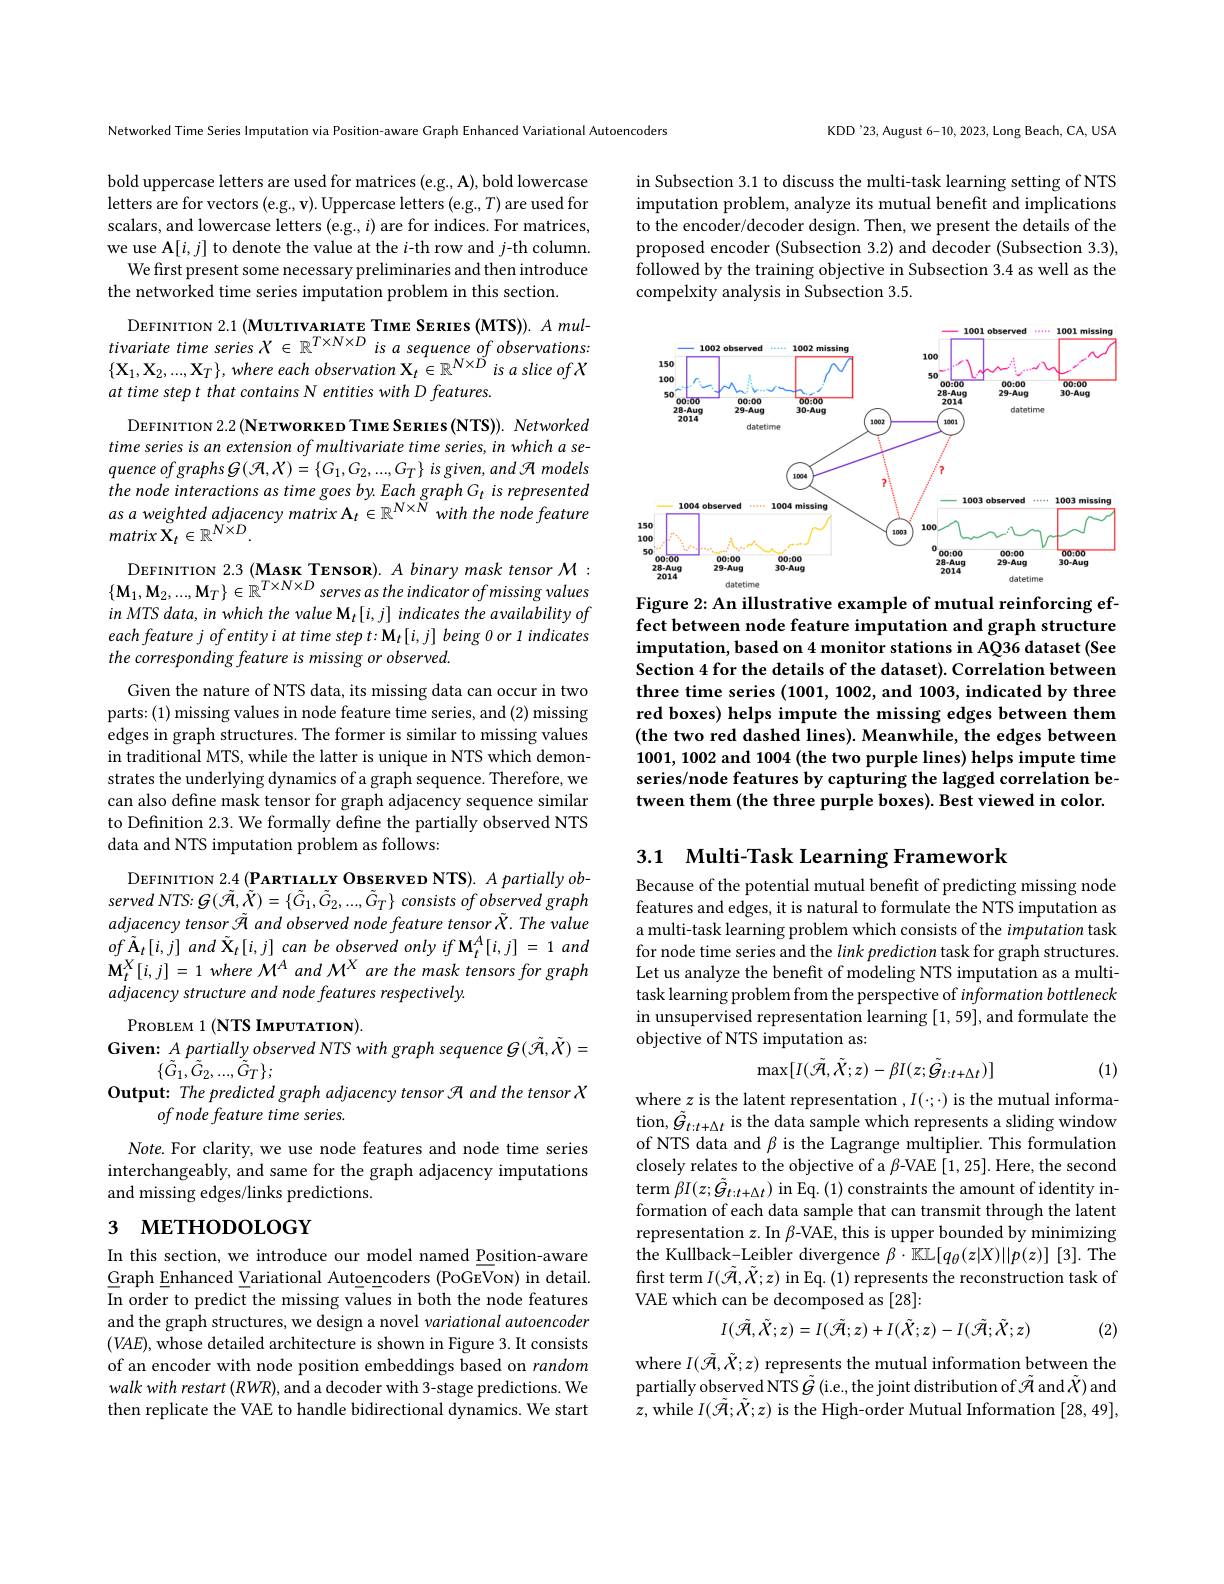
Networked Time Series Imputation via Position-aware Graph Enhanced Variational Autoencoders

bold uppercase letters are used for matrices (e.g., A), bold lowercase letters are for vectors (e.g., v). Uppercase letters (e.g., T) are used for scalars, and lowercase letters (e.g., $i)$ are for indices. For matrices, we use A$[i,j]$ to denote the value at the $i$-th row and $j$-th column.
We first present some necessary preliminaries and then introduce
the networked time series imputation problem in this section.

DEFINITION $2.1\left(\textbf{МULTIVARIATE TIME SERIES(MTS)).Amul-}\right)$ tivariate time series $X\in\mathbb{R}^{T\times N\times D}$ is a sequence of observations: $\{\mathbf{X}_1,\mathbf{X}_2,...,\mathbf{X}_T\}$, where each observation $\mathbf{X}_t\in\mathbb{R}^{N\times\vec{D}}$ is a slice of X at time step t that contains N entities with D features.

DEFINITION $2.2\left(\mathbf{N}\mathbf{E}\mathbf{T}\mathbf{W}\mathbf{O}\mathbf{R}\mathbf{K}\mathbf{E}\mathbf{D}\mathbf{T}\mathbf{M}\mathbf{E}\mathbf{S}\mathbf{E}\mathbf{R}\mathbf{I}\mathbf{E}\mathbf{S}\mathbf{(}\mathbf{N}\mathbf{T}\mathbf{S}\mathbf{)}\right).$ Networked time series is an extension of multivariate time series, in which a se- $quence\textit{ of graphs }G( \mathcal{H} , X) = \{ G_1, G_2, . . . , G_T\}$ is given, and $\mathcal{H}$ models the node interactions as time goes by.Each graph G is represented as a weighted adjacency matrix A$_t\in\mathbb{R}^{N\times\tilde{N}}$ with the node feature $matrix\stackrel{\circ}{\mathbf{X}}_{t}\in\mathbb{R}^{N\tilde{\times}D}.$

DEFINITION 2.3 (MASK TENSOR). $A$ binary mask tensor $\mathcal{M}:$ $\{\mathbf{M}_1,\mathbf{M}_2,...,\mathbf{M}_T\}\in\mathbb{R}^{T\times N\times D}$ serves as the indicator of missing values in MTS data, in which the value M$_t[i,j]$ indicates the availability of each feature j of entity i at time step t: M t $[ i, j] \textit{being 0 or 1 indicates}$ the corresponding feature is missing or observed.

Given the nature of NTS data, its missing data can occur in two parts:(1) missing values in node feature time series, and (2) missing edges in graph structures. The former is similar to missing values in traditional MTS, while the latter is unique in NTS which demonstrates the underlying dynamics of a graph sequence. Therefore, we can also define mask tensor for graph adjacency sequence similar to Definition 2.3. We formally define the partially observed NTS data and NTS imputation problem as follows:

DEFINITION 2.4 $( \textbf{PARTIALY OBSERVED NTS}) . \textit{ A partially ob- }$ served $NTS:$ $G( \tilde{\mathcal{H} } , \dot{\tilde{X} } ) = \{ \tilde{G} _{1}, \tilde{G} _{2}, . . . , \tilde{G} _{T}\}$ consists $of$ observed graph adjacency tensor $\tilde{\mathcal{H}}$ and observed node feature tensor $\tilde{X} . \textit{The value}$ $of\tilde{\mathbf{A} } _{t}[ i, j]$ $and\tilde{\mathbf{X} } _{t}[ i, j]$ can $be$ observed only $if$ $\mathbf{M} _{t}^{A}[ i, j]$ = 1 and $\mathbf{M}_{t}^{X}[i,j]=1$ where $\mathcal{M}^A$ and M$^X$ are the mask tensors for graph adjacency structure and node features respectively.

PROBLEM 1 ( NTS IMPUTATION)
Given: A partially observed NTS with graph sequence $G(\tilde{\mathcal{H}},\tilde{X})=$
$\{\tilde{G}_{1},\tilde{G}_{2},...,\tilde{G}_{T}\};$
Output: The predicted graph adjacency tensor A and the tensor X
of node feature time series.

$Note.$ For clarity, we use node features and node time series interchangeably, and same for the graph adjacency imputations and missing edges/links predictions.

# 3 метнорособү

In this section, we introduce our model named Position-aware Graph Enhanced Variational Autoencoders (PoGeVon) in detail. In order to predict the missing values in both the node features and the graph structures, we design a novel variational autoencoder $(VAE)$, whose detailed architecture is shown in Figure 3. It consists of an encoder with node position embeddings based on random walk with restart $(RWR)$, and a decoder with 3- stage predictions. We then replicate the VAE to handle bidirectional dynamics. We start

KDD'23, August 6-10, 2023, Long Beach, CA, USA

in Subsection 3.1 to discuss the multi-task learning setting of NTS imputation problem, analyze its mutual benefit and implications to the encoder/decoder design. Then, we present the details of the proposed encoder (Subsection 3.2) and decoder (Subsection 3.3), followed by the training objective in Subsection 3.4 as well as the compelxity analysis in Subsection 3.5.

<FigureHere>

Figure 2: An illustrative example of mutual reinforcing effect between node feature imputation and graph structure imputation, based on 4 monitor stations in AQ36 dataset (See Section 4 for the details of the dataset). Correlation between three time series (1001, 1002, and 1003, indicated by three red boxes) helps impute the missing edges between them (the two red dashed lines). Meanwhile, the edges between 1001,1002 and 1004 (the two purple lines) helps impute time series/node features by capturing the lagged correlation between them (the three purple boxes). Best viewed in color.

3.1 Multi-Task Learning Framework

Because of the potential mutual benefit of predicting missing node features and edges, it is natural to formulate the NTS imputation as a multi-task learning problem which consists of the imputation task for node time series and the link prediction task for graph structures. Let us analyze the benefit of modeling NTS imputation as a multitask learning problem from the perspective of information bottleneck in unsupervised representation learning [1,59],and formulate the objective of NTS imputation as:
$$\max[I(\tilde{\mathcal{A}},\tilde{\mathcal{X}};z)-\beta I(z;\tilde{\mathcal{G}}_{t:t+\Delta t})]$$
(1)

where $z$ is the latent representation $,I(\cdot;\cdot)$ is the mutual information, $\tilde{G}_{t:t+\Delta t}$ is the data sample which represents a sliding window of NTS data and $\beta$ is the Lagrange multiplier. This formulation closely relates to the objective of a β-VAE [1,25]. Here, the second term $\beta I(z;\tilde{\mathcal{G}}_{t:t+\Delta t})$ in Eq.(1) constraints the amount of identity information of each data sample that can transmit through the latent representation $z.$ In β-VAE, this is upper bounded by minimizing the Kullback-Leibler divergence $\beta\cdot\mathbb{KL}[q_\theta(z|X)||p(z)]$ [3].The first term $I(\tilde{\mathcal{R}},\tilde{X};z)$ in Eq. (1) represents the reconstruction task of VAE which can be decomposed as [28]:
$$I(\tilde{\mathcal{A}},\tilde{X};z)=I(\tilde{\mathcal{A}};z)+I(\tilde{\mathcal{X}};z)-I(\tilde{\mathcal{A}};\tilde{\mathcal{X}};z)$$
(2)

where $I(\tilde{\mathcal{R}},\tilde{X};z)$ represents the mutual information between the partially observed NTS $\tilde{G}\left(\mathrm{i.e.,~the~joint~distribution~of~}\tilde{\mathcal{A}}\mathrm{~and~}\tilde{X}\right)$and $z$,while $I(\tilde{\mathcal{H}};\tilde{\mathcal{X}};z)$ is the High-order Mutual Information [28,49],